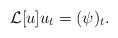
LaTeX: \begin{align*}\mathcal{L}[u] u_t = (\psi)_t.\end{align*}